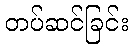
တပ်ဆင်ခြင်း